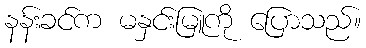
နန်းခင်က မနှင်းမြူကို ပြောသည်။